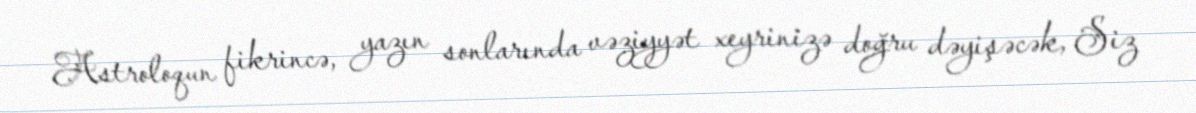
Astroloqun fikrincə, yazın sonlarında vəziyyət xeyrinizə doğru dəyişəcək, Siz